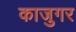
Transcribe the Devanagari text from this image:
काजुगर